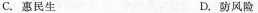
C.惠民生 D.防风险